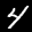
Label: 4